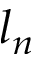
l _ { n }